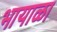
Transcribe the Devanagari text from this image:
भायाळा